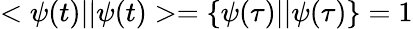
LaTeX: <\psi(t)||\psi(t)>=\{ \psi(\tau)||\psi(\tau)\} =1